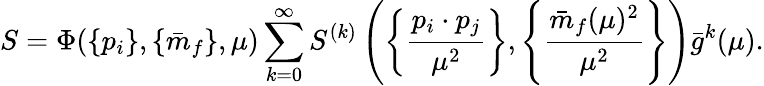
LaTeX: S=\Phi(\{ p_{i}\} ,\{ \bar{m}_{f}\} ,\mu)\sum_{k=0}^{\infty}S^{(k)}\left(\left\{ \frac{p_{i}\cdot p_{j}}{\mu^{2}}\right\} ,\left\{ \frac{\bar{m}_{f}(\mu)^{2}}{\mu^{2}}\right\} \right)\bar{g}^{k}(\mu).